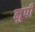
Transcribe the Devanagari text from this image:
नुपी